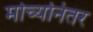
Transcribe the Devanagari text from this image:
मोर्च्यानंतर